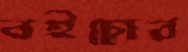
বইচোর